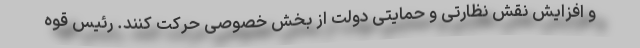
و افزایش نقش نظارتی و حمایتی دولت از بخش خصوصی حرکت کنند. رئیس قوه